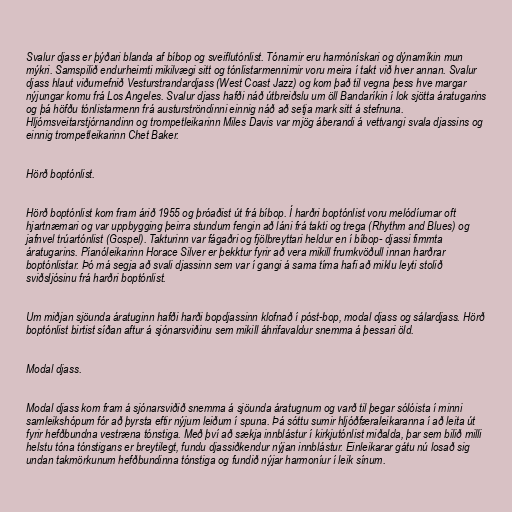
Svalur djass er þýðari blanda af bíbop og sveiflutónlist. Tónarnir eru harmónískari og dýnamíkin mun
mýkri. Samspilið endurheimti mikilvægi sitt og tónlistarmennirnir voru meira í takt við hver annan. Svalur
djass hlaut viðurnefnið Vesturstrandardjass (West Coast Jazz) og kom það til vegna þess hve margar
nýjungar komu frá Los Angeles. Svalur djass hafði náð útbreiðslu um öll Bandaríkin í lok sjötta áratugarins
og þá höfðu tónlistarmenn frá austurströndinni einnig náð að setja mark sitt á stefnuna.
Hljómsveitarstjórnandinn og trompetleikarinn Miles Davis var mjög áberandi á vettvangi svala djassins og
einnig trompetleikarinn Chet Baker.

Hörð boptónlist.

Hörð boptónlist kom fram árið 1955 og þróaðist út frá bíbop. Í harðri boptónlist voru melódíurnar oft
hjartnæmari og var uppbygging þeirra stundum fengin að láni frá takti og trega (Rhythm and Blues) og
jafnvel trúartónlist (Gospel). Takturinn var fágaðri og fjölbreyttari heldur en í bíbop- djassi fimmta
áratugarins. Píanóleikarinn Horace Silver er þekktur fyrir að vera mikill frumkvöðull innan harðrar
boptónlistar. Þó má segja að svali djassinn sem var í gangi á sama tíma hafi að miklu leyti stolið
sviðsljósinu frá harðri boptónlist.

Um miðjan sjöunda áratuginn hafði harði bopdjassinn klofnað í póst-bop, modal djass og sálardjass. Hörð
boptónlist birtist síðan aftur á sjónarsviðinu sem mikill áhrifavaldur snemma á þessari öld.

Modal djass.

Modal djass kom fram á sjónarsviðið snemma á sjöunda áratugnum og varð til þegar sólóista í minni
samleikshópum fór að þyrsta eftir nýjum leiðum í spuna. Þá sóttu sumir hljóðfæraleikaranna í að leita út
fyrir hefðbundna vestræna tónstiga. Með því að sækja innblástur í kirkjutónlist miðalda, þar sem bilið milli
helstu tóna tónstigans er breytilegt, fundu djassiðkendur nýjan innblástur. Einleikarar gátu nú losað sig
undan takmörkunum hefðbundinna tónstiga og fundið nýjar harmoníur í leik sínum.